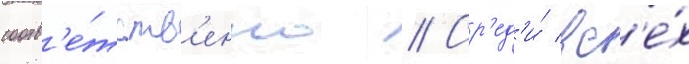
соотв'е́тств'енно // Ср'ед'и́ вс'е́х